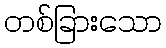
တစ်ခြားသော